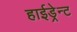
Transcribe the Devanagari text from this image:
हाईड्रेन्ट